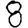
Digit: 8